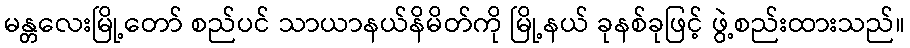
မန္တလေးမြို့တော် စည်ပင် သာယာနယ်နိမိတ်ကို မြို့နယ် ခုနစ်ခုဖြင့် ဖွဲ့စည်းထားသည်။